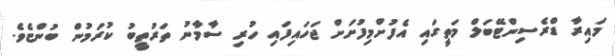
މައިރާ ޑްރެސިންޓޭބަލް މަތީގައި އެފުށްމިފުށަށް ޖަހައިފައި ހުރި ސާމާނު ތަރުތީބު ކުރަމުން ބުންޏެވެ.